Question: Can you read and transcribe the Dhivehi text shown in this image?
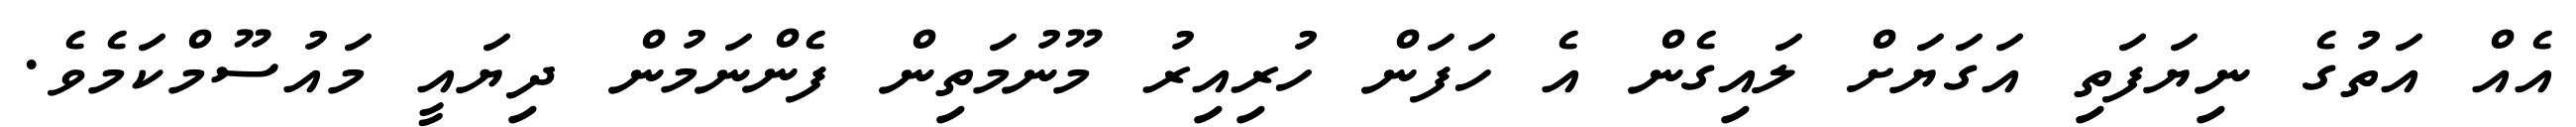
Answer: އެއް އަތުގެ ނިޔަފަތި އަގަޔަށް ލައިގެން އެ ހަފަން ހުރިއިރު މޫނުމަތިން ފެންނަމުން ދިޔައީ މައުސޫމްކަމެވެ.